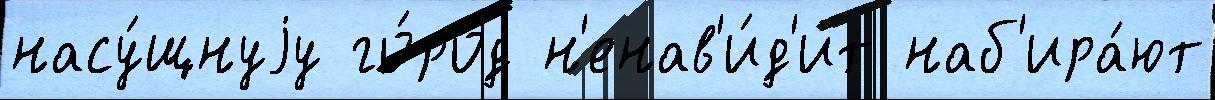
насу́щнуjу го́род н'енав'и́д'ит наб'ира́ют